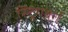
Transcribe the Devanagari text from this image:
स्ट्रिंगबर्ग